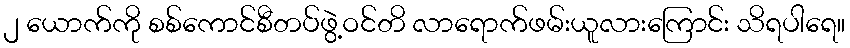
၂ ယောက်ကို စစ်ကောင်စီတပ်ဖွဲ့ဝင်တိ လာရောက်ဖမ်းယူလားကြောင်း သိရပါရေ။